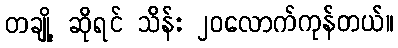
တချို့ ဆိုရင် သိန်း ၂၀လောက်ကုန်တယ်။